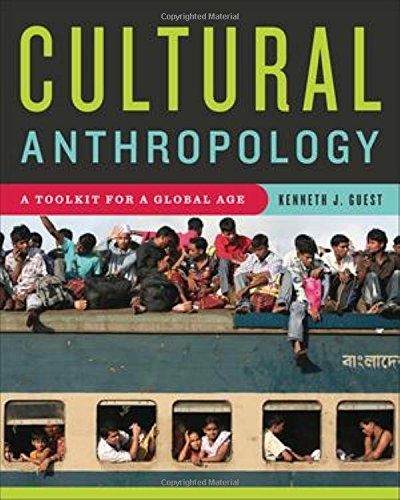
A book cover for Cultural Anthropology: A Toolkit for a Global Age; Kenneth J. Guest; Politics & Social Sciences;